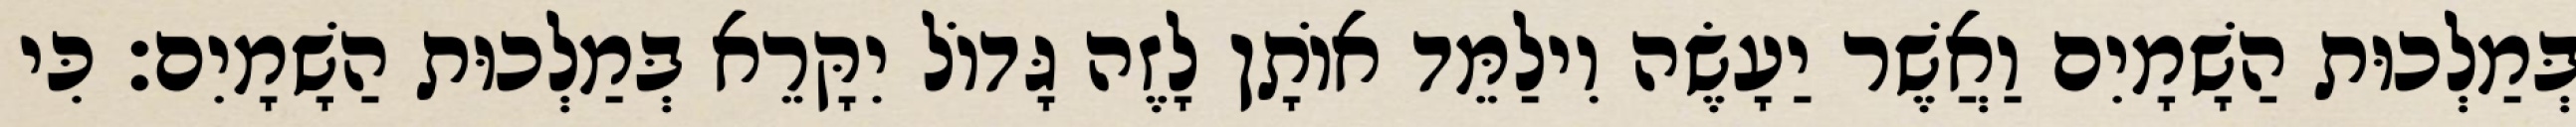
בְּמַלְכוּת הַשָׁמָיִם וַאֲשֶׁר יַעָשֶׂה וִילַמֵּד אוֹתָן לָזֶה גָּדוֹל יִקָּרֵא בְּמַלְכוּת הַשָׁמָיִם׃ כִּי